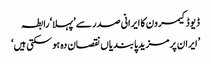
ڈیوڈ کیمرون کا ایرانی صدر سے ’پہلا‘ رابطہ
’ایران پر مزید پابندیاں نقصان دہ ہو سکتی ہیں‘